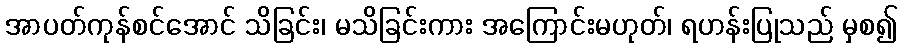
အာပတ်ကုန်စင်အောင် သိခြင်း၊ မသိခြင်းကား အကြောင်းမဟုတ်၊ ရဟန်းပြုသည် မှစ၍